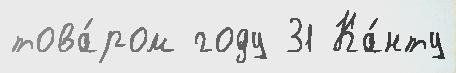
това́ром году 31 Ка́нту